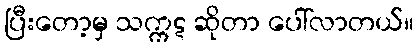
ပြီးတော့မှ သက္ကဋ ဆိုတာ ပေါ်လာတယ်။